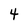
Character: 4